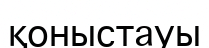
қоныстауы